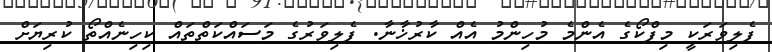
ފެލިވަރަކީ މިފްކޯގެ އެންމެ މުހިންމު އެއް ކާރުޚާނާ. ފެލިވަރުގެ މަސައްކަތްތައް ކިހިނެއްތޯ ކުރިޔަށް